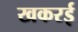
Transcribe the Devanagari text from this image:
खकरई